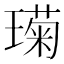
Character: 𮴱